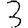
Digit: 3